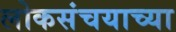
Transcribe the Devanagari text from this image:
लोकसंचयाच्या